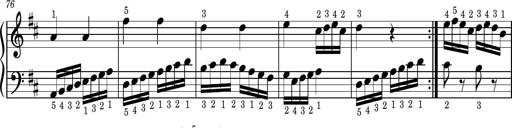
Title: Easy Progressive Lessons and 4 Sonatinas
Composer: Thomas Attwood